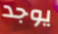
يوجد